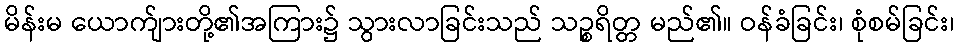
မိန်းမ ယောက်ျားတို့၏အကြား၌ သွားလာခြင်းသည် သဉ္စရိတ္တ မည်၏။ ဝန်ခံခြင်း၊ စုံစမ်ခြင်း၊